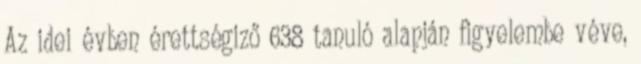
Az idei évben érettségiző 638 tanuló alapján figyelembe véve,